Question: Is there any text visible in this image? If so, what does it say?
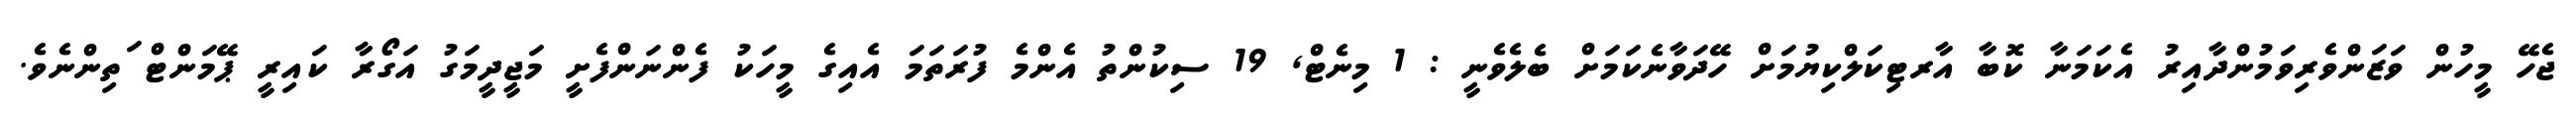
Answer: ޖެހޭ މީހުން ވަޒަންވެރިވަމުންދާއިރު އެކަމަނާ ކޮބާ އާރޓިކަލްކިޔުމަށް ހޭދަވާނެކަމަށް ބެލެވެނީ : 1 މިނެޓް, 19 ސިކުންތު އެންމެ ފުރަތަމަ އެއިގެ މީހަކު ފެންނަންފެށީ މަޖީދީމަގު އަގޯރާ ކައިރީ ޕޭމަންޓް ަތިންނެވެ.